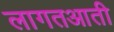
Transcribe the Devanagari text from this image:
लागतआती